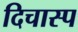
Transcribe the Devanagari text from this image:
दिचास्प